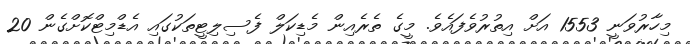
މިހާރުވަނީ 1553 އަށް އިތުރުވެފައެވެ. މީގެ ތެރެއިން މެޑިކަލް ފެސިލިޓީތަކުގައި އެޑްމިޓްކޮށްގެން 20